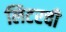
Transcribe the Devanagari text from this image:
लिटरची